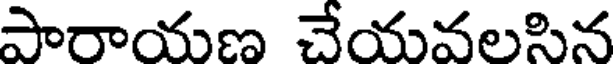
పారాయణ చేయవలసిన